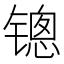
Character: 𰾱